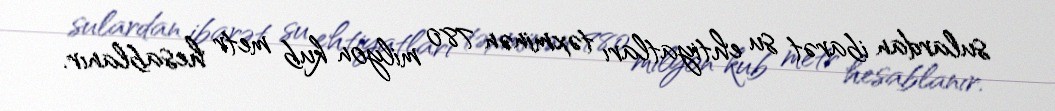
sulardan ibarət su ehtiyatları təxminən 780 milyon kub metr hesablanır.